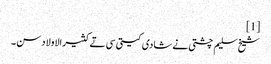
[1]
شیخ سلیم چشتی نے شادی کیتی سی تے کثیرالاولاد سن ۔